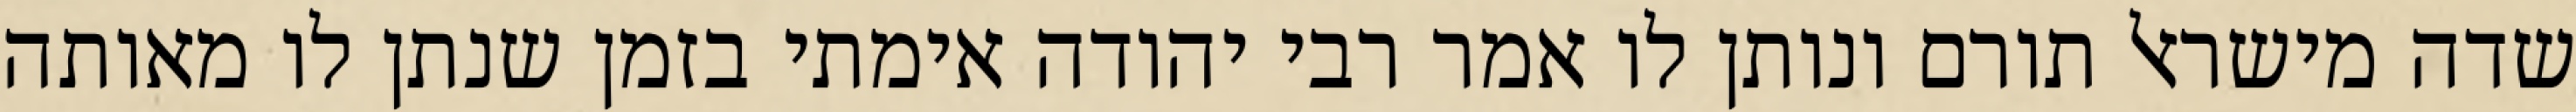
שדה מישראל תורם ונותן לו אמר רבי יהודה אימתי בזמן שנתן לו מאותה